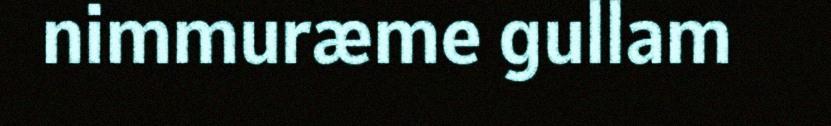
nimmuræme gullam